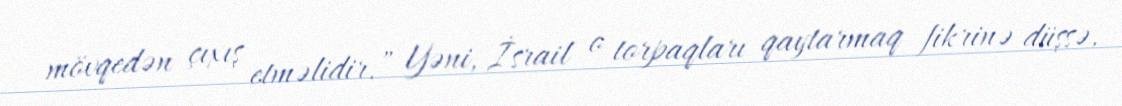
mövqedən çıxış etməlidir.” Yəni, İsrail o torpaqları qaytarmaq fikrinə düşsə,